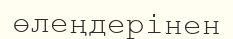
өлеңдерінен